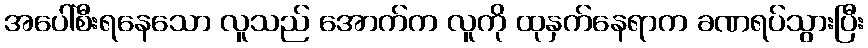
အပေါ်စီးရနေသော လူသည် အောက်က လူကို ထုနှက်နေရာက ခဏရပ်သွားပြီး